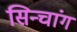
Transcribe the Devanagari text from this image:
सिन्चांग